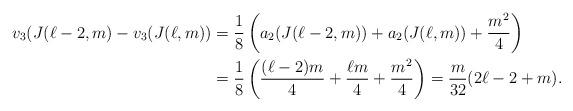
LaTeX: \begin{align*}v_{3}(J(\ell-2,m) - v_{3}(J(\ell,m)) &= \frac{1}{8} \left(a_{2}(J(\ell-2,m)) +a_{2}(J(\ell,m))+\frac{m^{2}}{4} \right) \\&= \frac{1}{8}\left( \frac{(\ell-2)m}{4} + \frac{\ell m}{4}+\frac{m^{2}}{4} \right)= \frac{m}{32}(2\ell-2+m) . \end{align*}